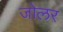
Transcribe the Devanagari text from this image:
जोलर